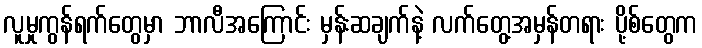
လူမှုကွန်ရက်တွေမှာ ဘာလီအကြောင်း မှန်းဆချက်နဲ့ လက်တွေ့အမှန်တရား ပို့စ်တွေက